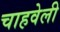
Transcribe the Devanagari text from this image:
चाहवेली